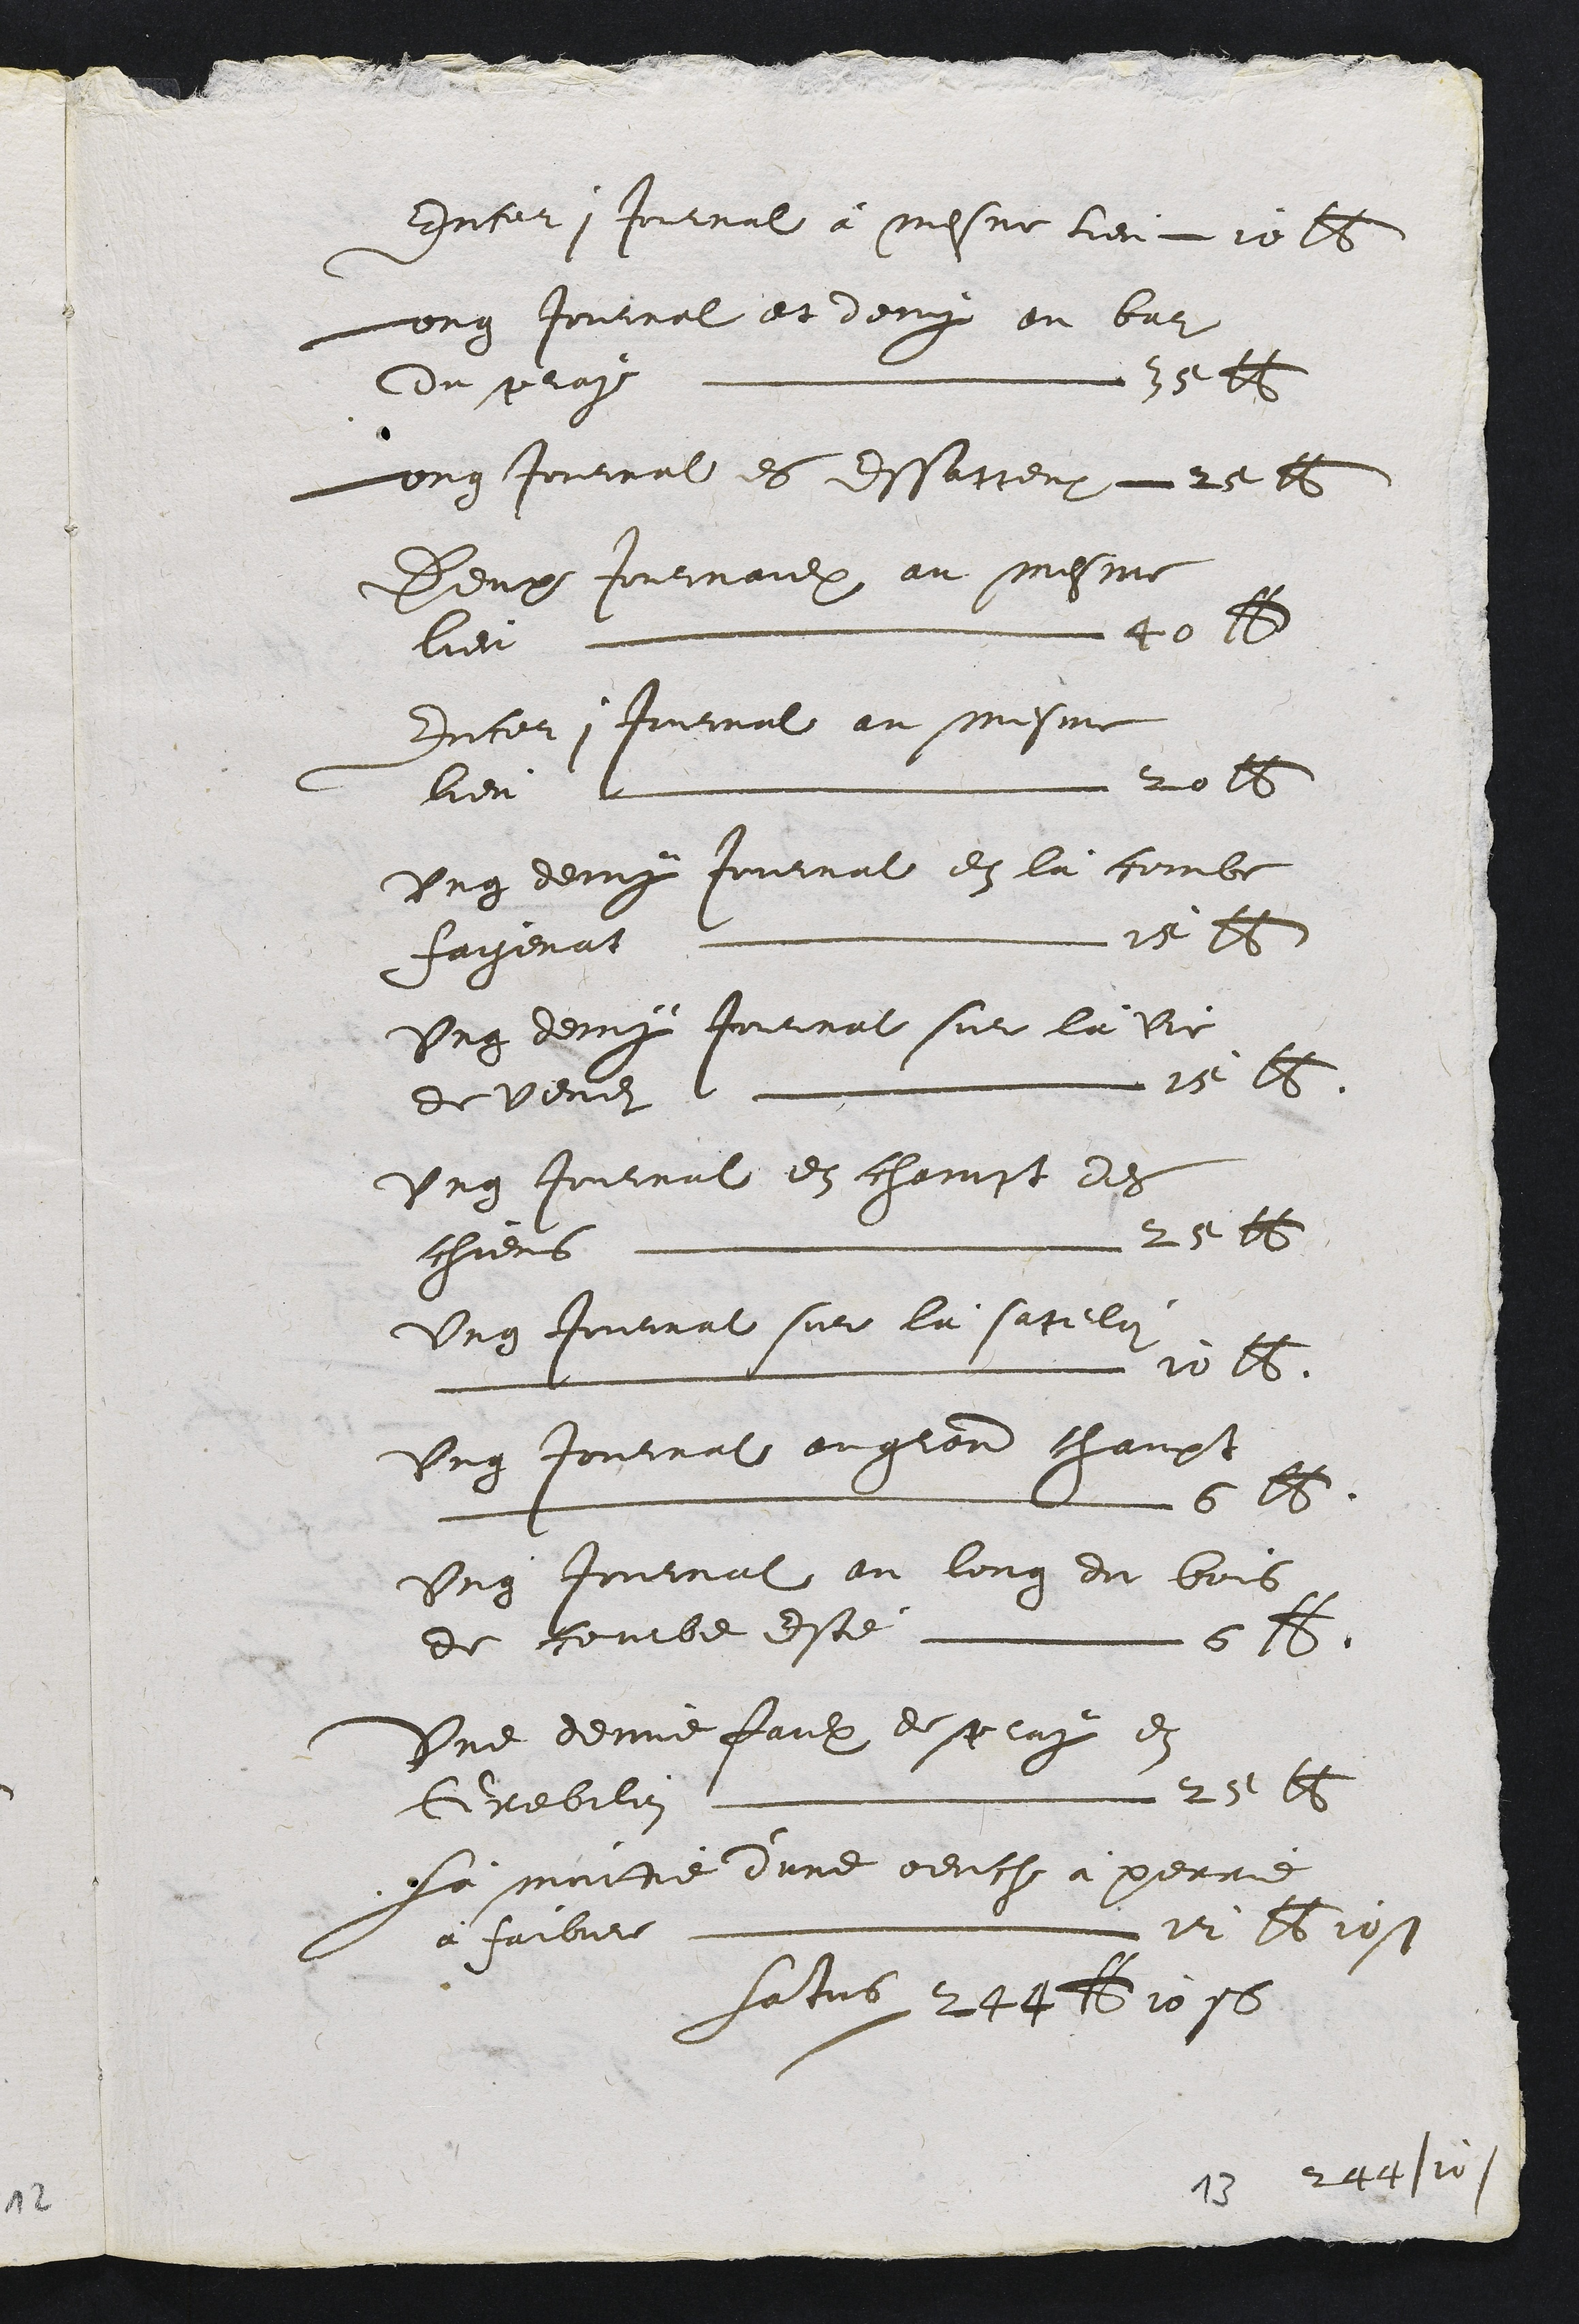
dnfar, Jounal a Mesme leu ce l5
Lung Jouiral et deux ou bal
Cmplay Ly y
ungtontrat es essicteu 2e 16
Deup donuimaulx au mesme
lier 20
Incel, Iininal au sesme
lieu lnnnnnn e l6
Ung decux Joutrat en la fombe
chagenat l  26
Ung decuy toutrat sue la une
devendsl n 2e 66
Ung Routaul en chovst des
chiens L n 2e 6
Ung contirat sur la sacelin
mtAnn. i N0 B
Ung toutrat onglor claust
L 616
Ung tontrat au long du bois
de Rombe dste 618
Une deune faul e se luy en
Erebilin 25 6
La onmre dune peucl a perre
a chaibe Lrn N Bbiost
fatus Att 1o1s

AAstos

5